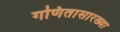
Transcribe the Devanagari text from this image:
गणितासारख्या